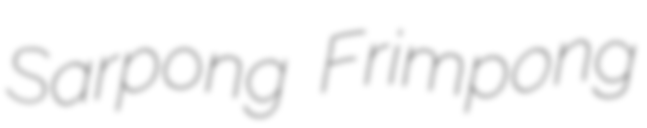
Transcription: Sarpong Frimpong